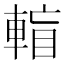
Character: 𨌶